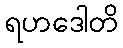
ရဟဒေါတိ